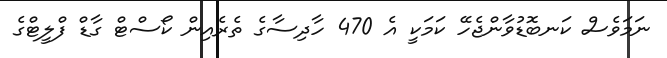
ނަމަވެސް ކަނބޮޑުވާންޖެހޭ ކަމަކީ އެ 470 ހާދިސާގެ ތެރެއިން ކޯސްޓް ގާޑް ފްލީޓްގެ